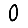
Digit: 0